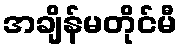
အချိန်မတိုင်မီ